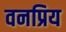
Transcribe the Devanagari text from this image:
वनप्रिय